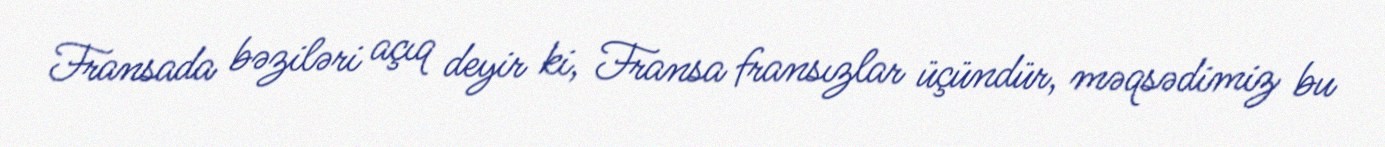
Fransada bəziləri açıq deyir ki, Fransa fransızlar üçündür, məqsədimiz bu